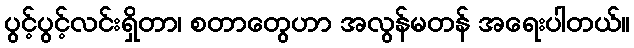
ပွင့်ပွင့်လင်းရှိတာ၊ စတာတွေဟာ အလွန်မတန် အရေးပါတယ်။